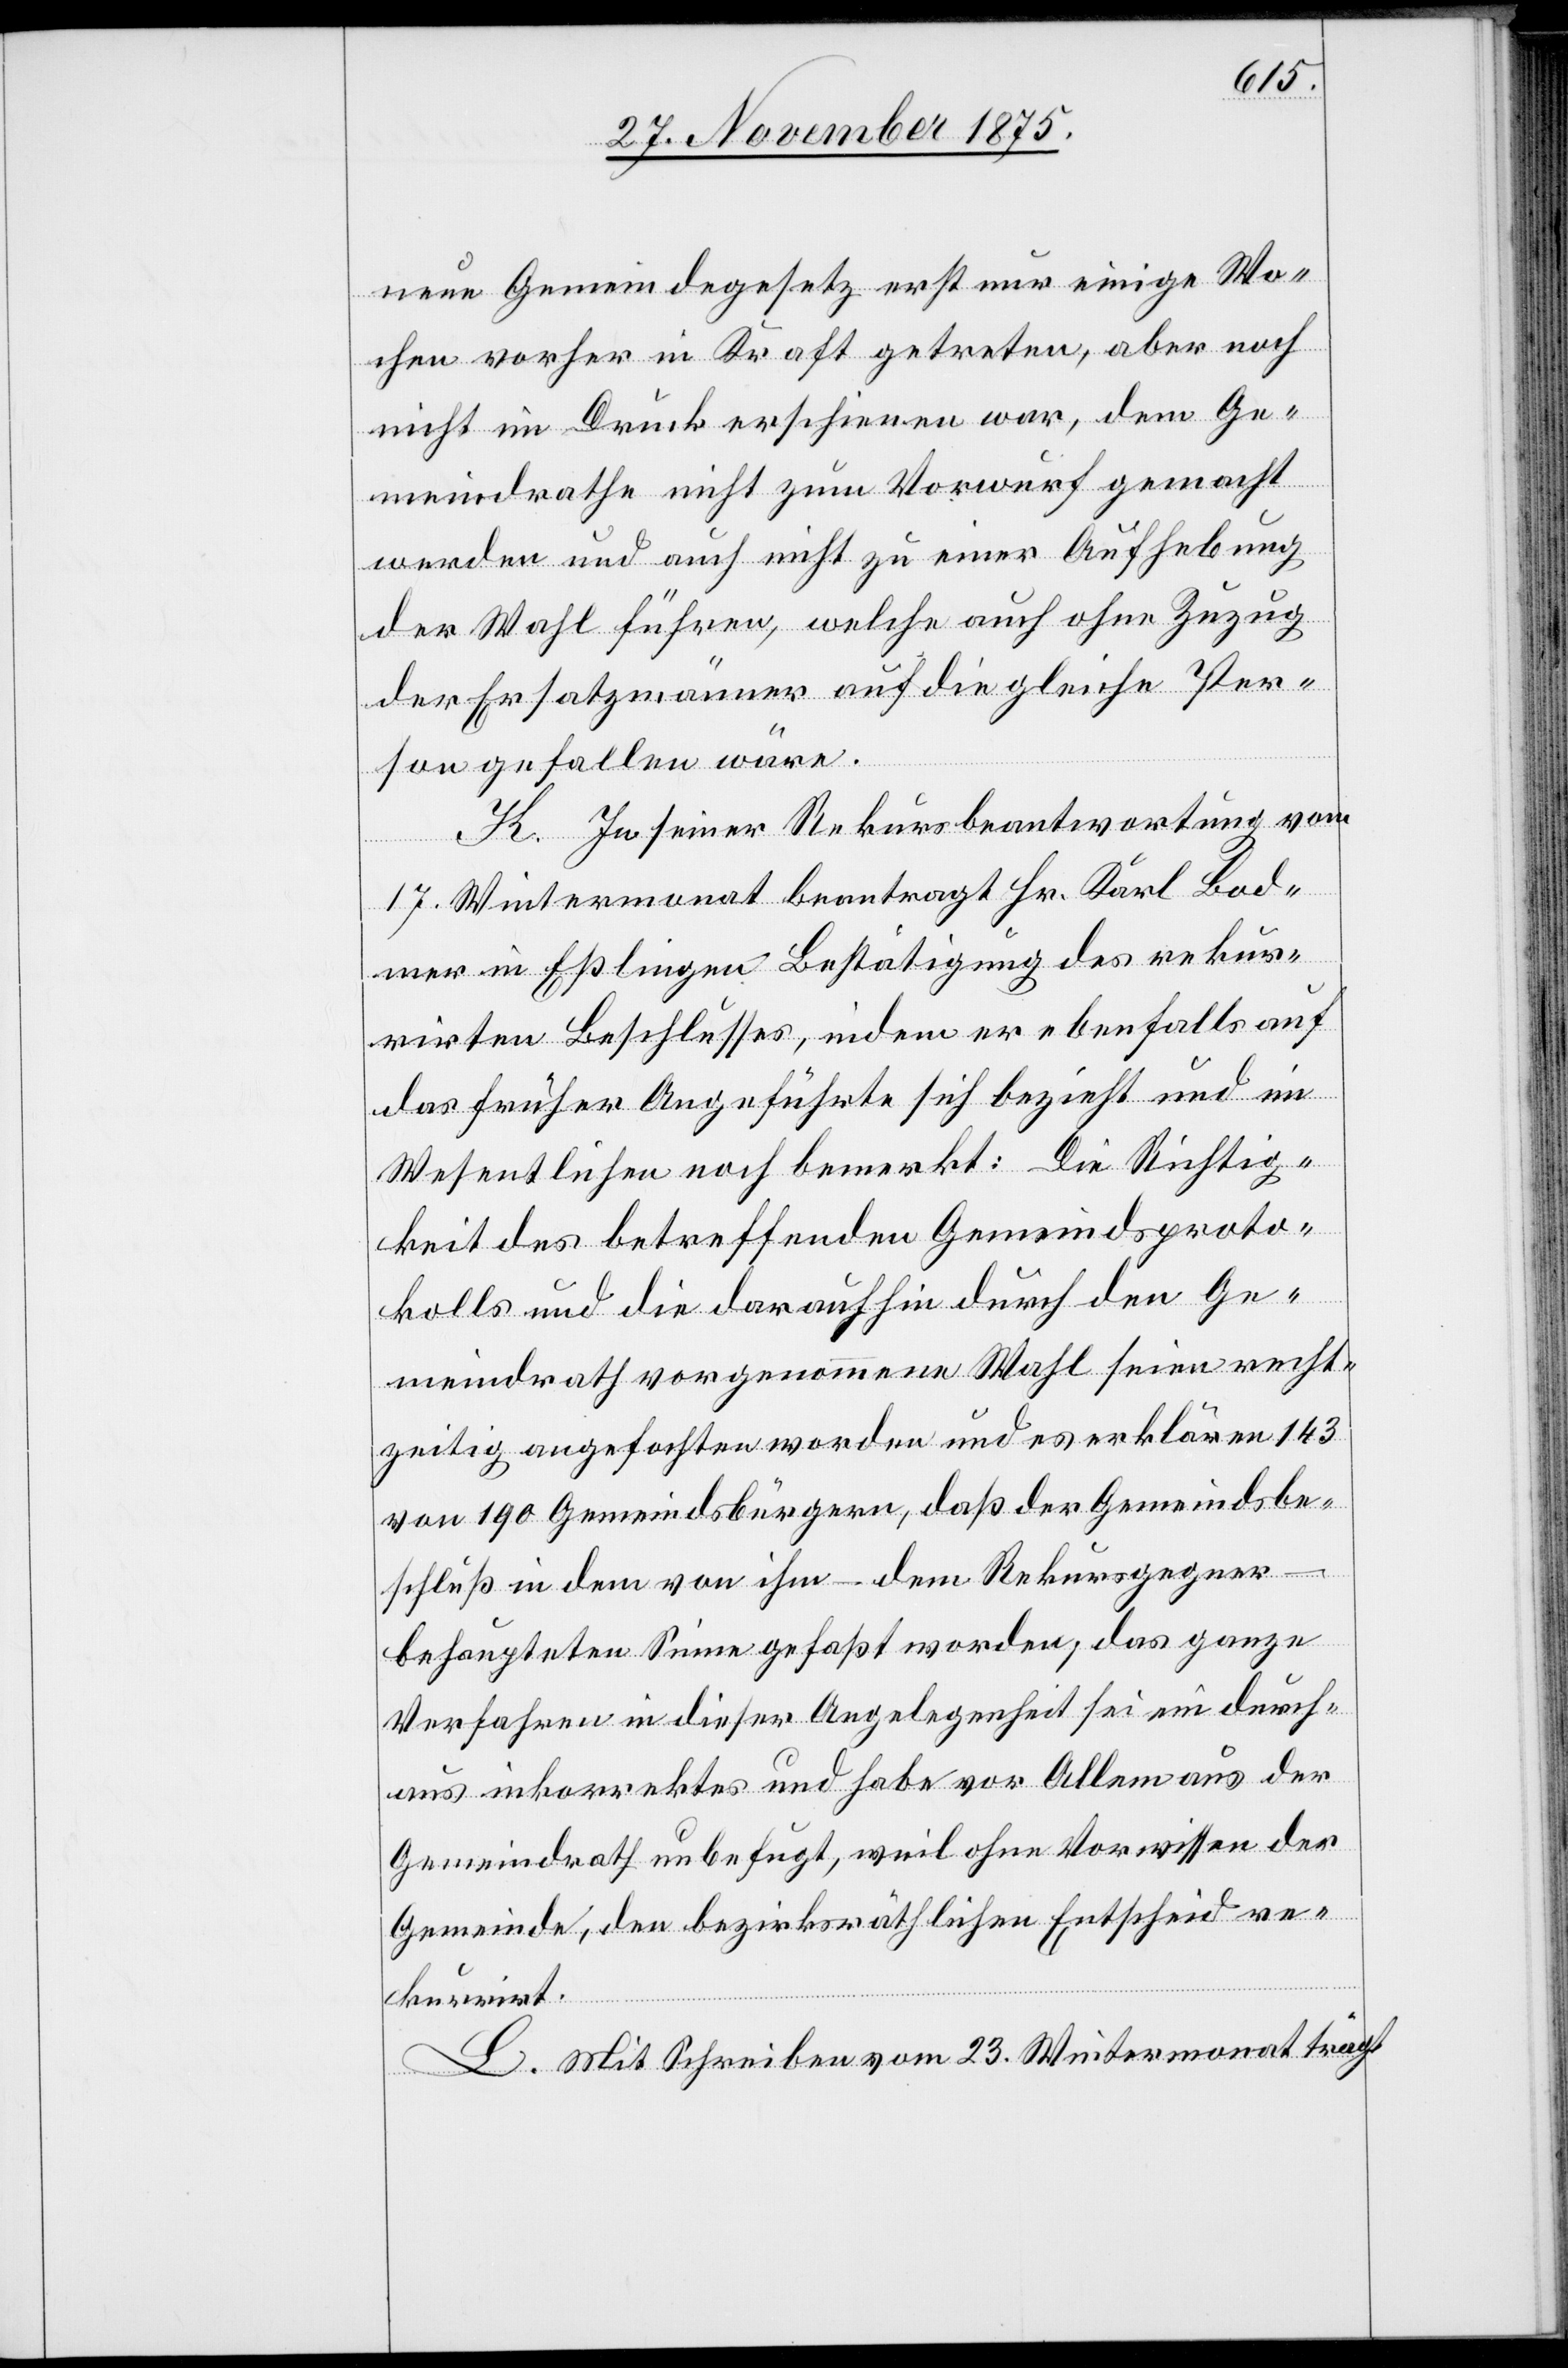
neue Gemeindegesetz erst nur einige Wo¬
chen vorher in Kraft getreten, aber noch
nicht im Druck erschienen war, dem Ge¬
meindrathe nicht zum Vorwurf gemacht
werden und auch nicht zu einer Aufhebung
der Wahl führen, welche auch ohne Zuzug
der Ersatzmänner auf die gleiche Per¬
son gefallen wäre.
K. In seiner Rekursbeantwortung vom
17. Wintermonat beantragt Hr. Karl Bod¬
mer in Eßlingen Bestätigung des rekur¬
rirten Beschlusses, indem er ebenfalls auf
das früher Angeführte sich bezieht und im
Wesentlichen noch bemerkt: Die Richtig¬
keit des betreffenden Gemeindsproto¬
kolls und die daraufhin durch den Ge¬
meindrath vorgenommene Wahl seien recht¬
zeitig angefochten worden und es erklären 143
von 190 Gemeindsbürgern, daß der Gemeindsbe¬
schluß in dem von ihm – dem Rekursgegner
behaupteten Sinne gefaßt worden, das ganze
Verfahren in dieser Angelegenheit sei ein durch¬
aus inkorrektes und habe vor Allem aus der
Gemeindrath unbefugt, weil ohne Vorwissen der
Gemeinde, den bezirksräthlichen Entscheid re¬
kurrirt.
L. Mit Schreiben vom 23. Wintermonat trägt